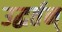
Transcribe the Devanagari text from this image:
उद्धर्तन्